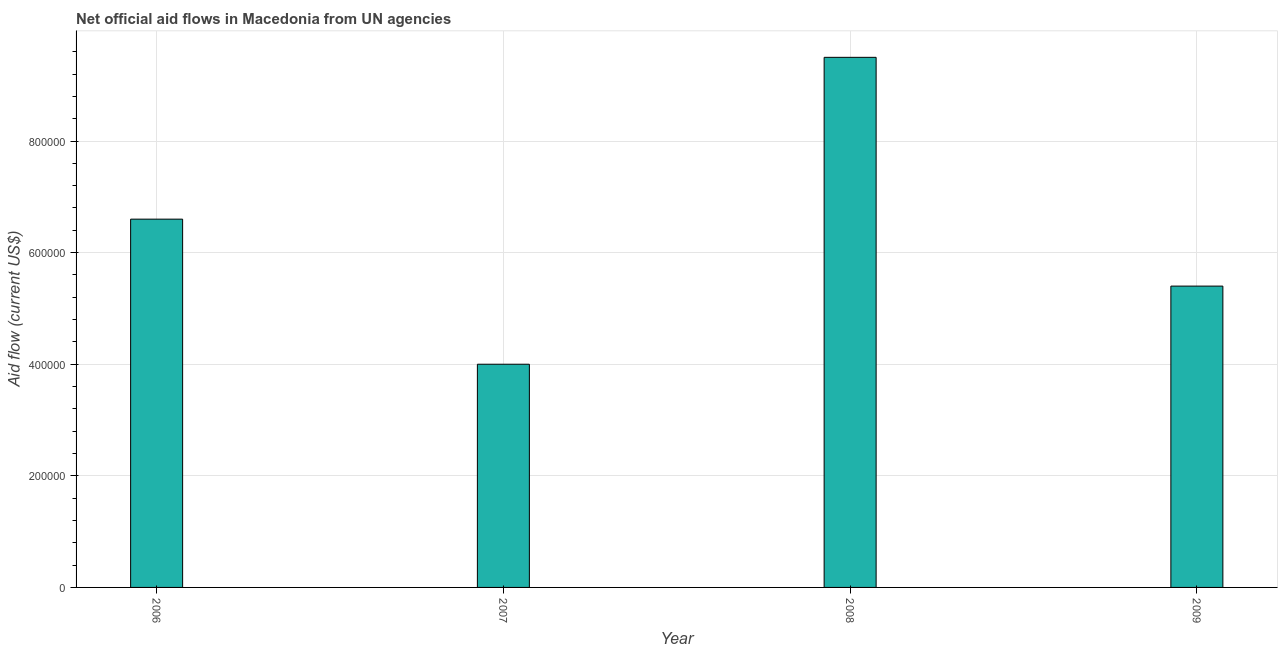
| Year | Net official flows from UN agencies |
 | --- | --- |
 | 2006 | 6.6e+05 |
 | 2007 | 4e+05 |
 | 2008 | 9.5e+05 |
 | 2009 | 5.4e+05 |